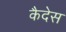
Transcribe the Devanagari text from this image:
कैदेस